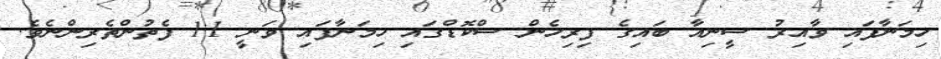
ހިމަނާފައި ވާއިރު ސީނިއާ ބައިގެ ފިރިހެން ސްކޮޑްގައި ހިމަނާފައި ވަނީ 11 ފެތުންތެރިންނެވެ.